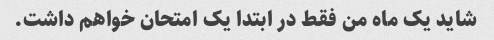
شاید یک ماه من فقط در ابتدا یک امتحان خواهم داشت.